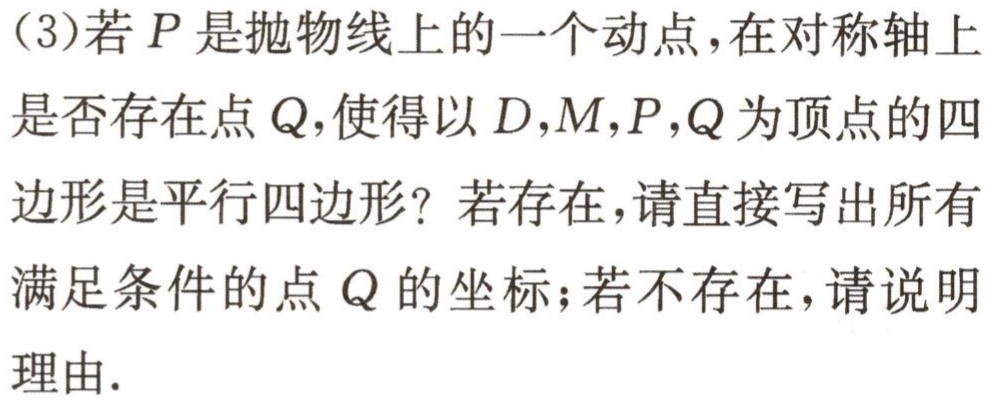
（3）若\(P\)是抛物线上的一个动点，在对称轴上是否存在点\(Q\)，使得以\(D,M,P,Q\)为顶点的四边形是平行四边形？若存在，请直接写出所有满足条件的点\(Q\)的坐标；若不存在，请说明理由.